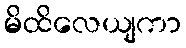
မိထိလေယျကာ